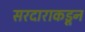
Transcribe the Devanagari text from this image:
सरदाराकडून